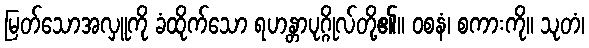
မြတ်သောအလှူကို ခံထိုက်သော ရဟန္တာပုဂ္ဂိုလ်တို့၏။ ဝစနံ၊ စကားကို။ သုတံ၊